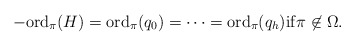
\begin{align*} -\mathrm{ord}_\pi(H) = \mathrm{ord}_\pi(q_0) = \cdots = \mathrm{ord}_\pi(q_h) \mathrm{if}\pi \not \in \Omega. \end{align*}